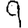
Digit: 9